Note on the mental hospitals in Burma - 1925-1940
Year: 1925
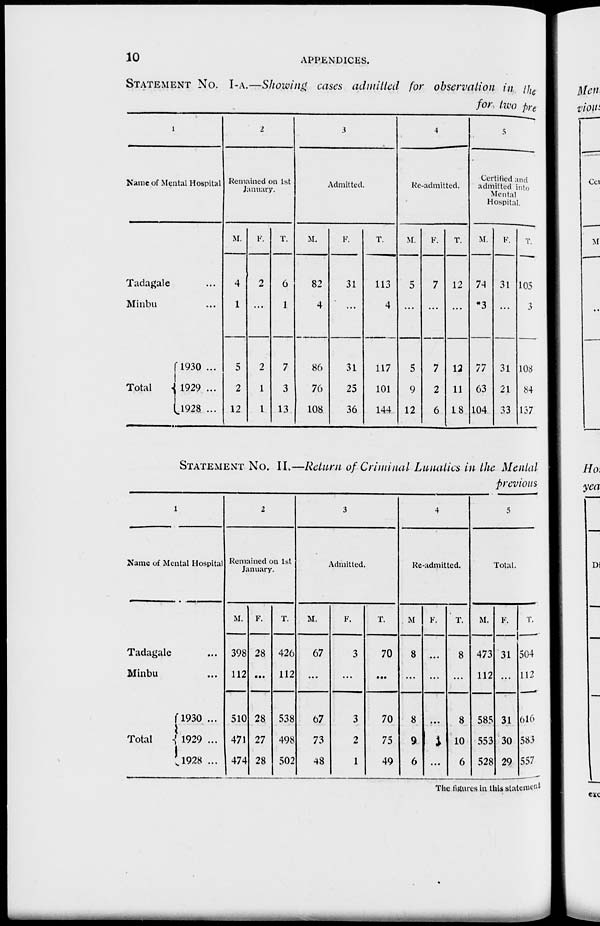
10
APPENDICES.
STATEMENT No. I-A.—Showing cases admitted for observation in in
for two pre
1
Name of Mental Hospital
Tadagale ...
Minbu ...
Total
1930 ...
1929 ...
1928 ...
2
Remained on 1st
January.
M.
4
1
5
2
12
F.
2
...
2
1
1
T.
0
1
7
3
13
3
Admitted.
M.
82
4
86
76
108
F.
31
...
31
25
36
T.
113
4
117
101
144
4
Re-admitted.
M.
5
...
5
9
12
F.
7
...
7
2
6
T.
12
...
12
11
18
5
Certified and
admitted into
Mental
Hospital.
M
74
* 3
77
63
104
F.
31
...
31
21
33
T.
105
3
108
84
137
STATEMENT No. II.—Return of Criminal Lunatics in the Mental
previous
1
Name of Mental Hospital
Tadagale ...
Minbu ...
Total
1930 ...
1929 ...
1928 ...
2
Remained on 1st
January.
M.
398
112
510
471
474
F.
28
...
28
27
28
T.
426
112
538
498
502
3
Admitted.
M.
67
...
67
73
48
F.
3
...
3
2
1
T.
70
...
70
75
49
4
Re-admitted.
M
8
...
8
9
6
F.
...
...
...
1
...
T.
8
...
8
10
6
5
Total.
M.
473
112
585
553
528
F.
31
...
31
30
29
T.
504
112
616
583
557
The figures in this statement